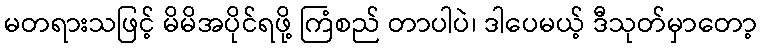
မတရားသဖြင့် မိမိအပိုင်ရဖို့ ကြံစည် တာပါပဲ၊ ဒါပေမယ့် ဒီသုတ်မှာတော့